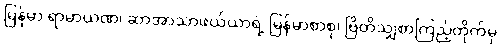
မြန်မာ ရာမာယဏ၊ ဆာအာသာဖယ်ယာရဲ့ မြန်မာစာစု၊ ဗြိတိသျှစာကြည့်တိုက်မှ